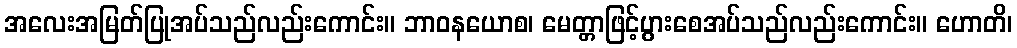
အလေးအမြတ်ပြုအပ်သည်လည်းကောင်း။ ဘာဝနယောစ၊ မေတ္တာဖြင့်ပွားစေအပ်သည်လည်းကောင်း။ ဟောတိ၊